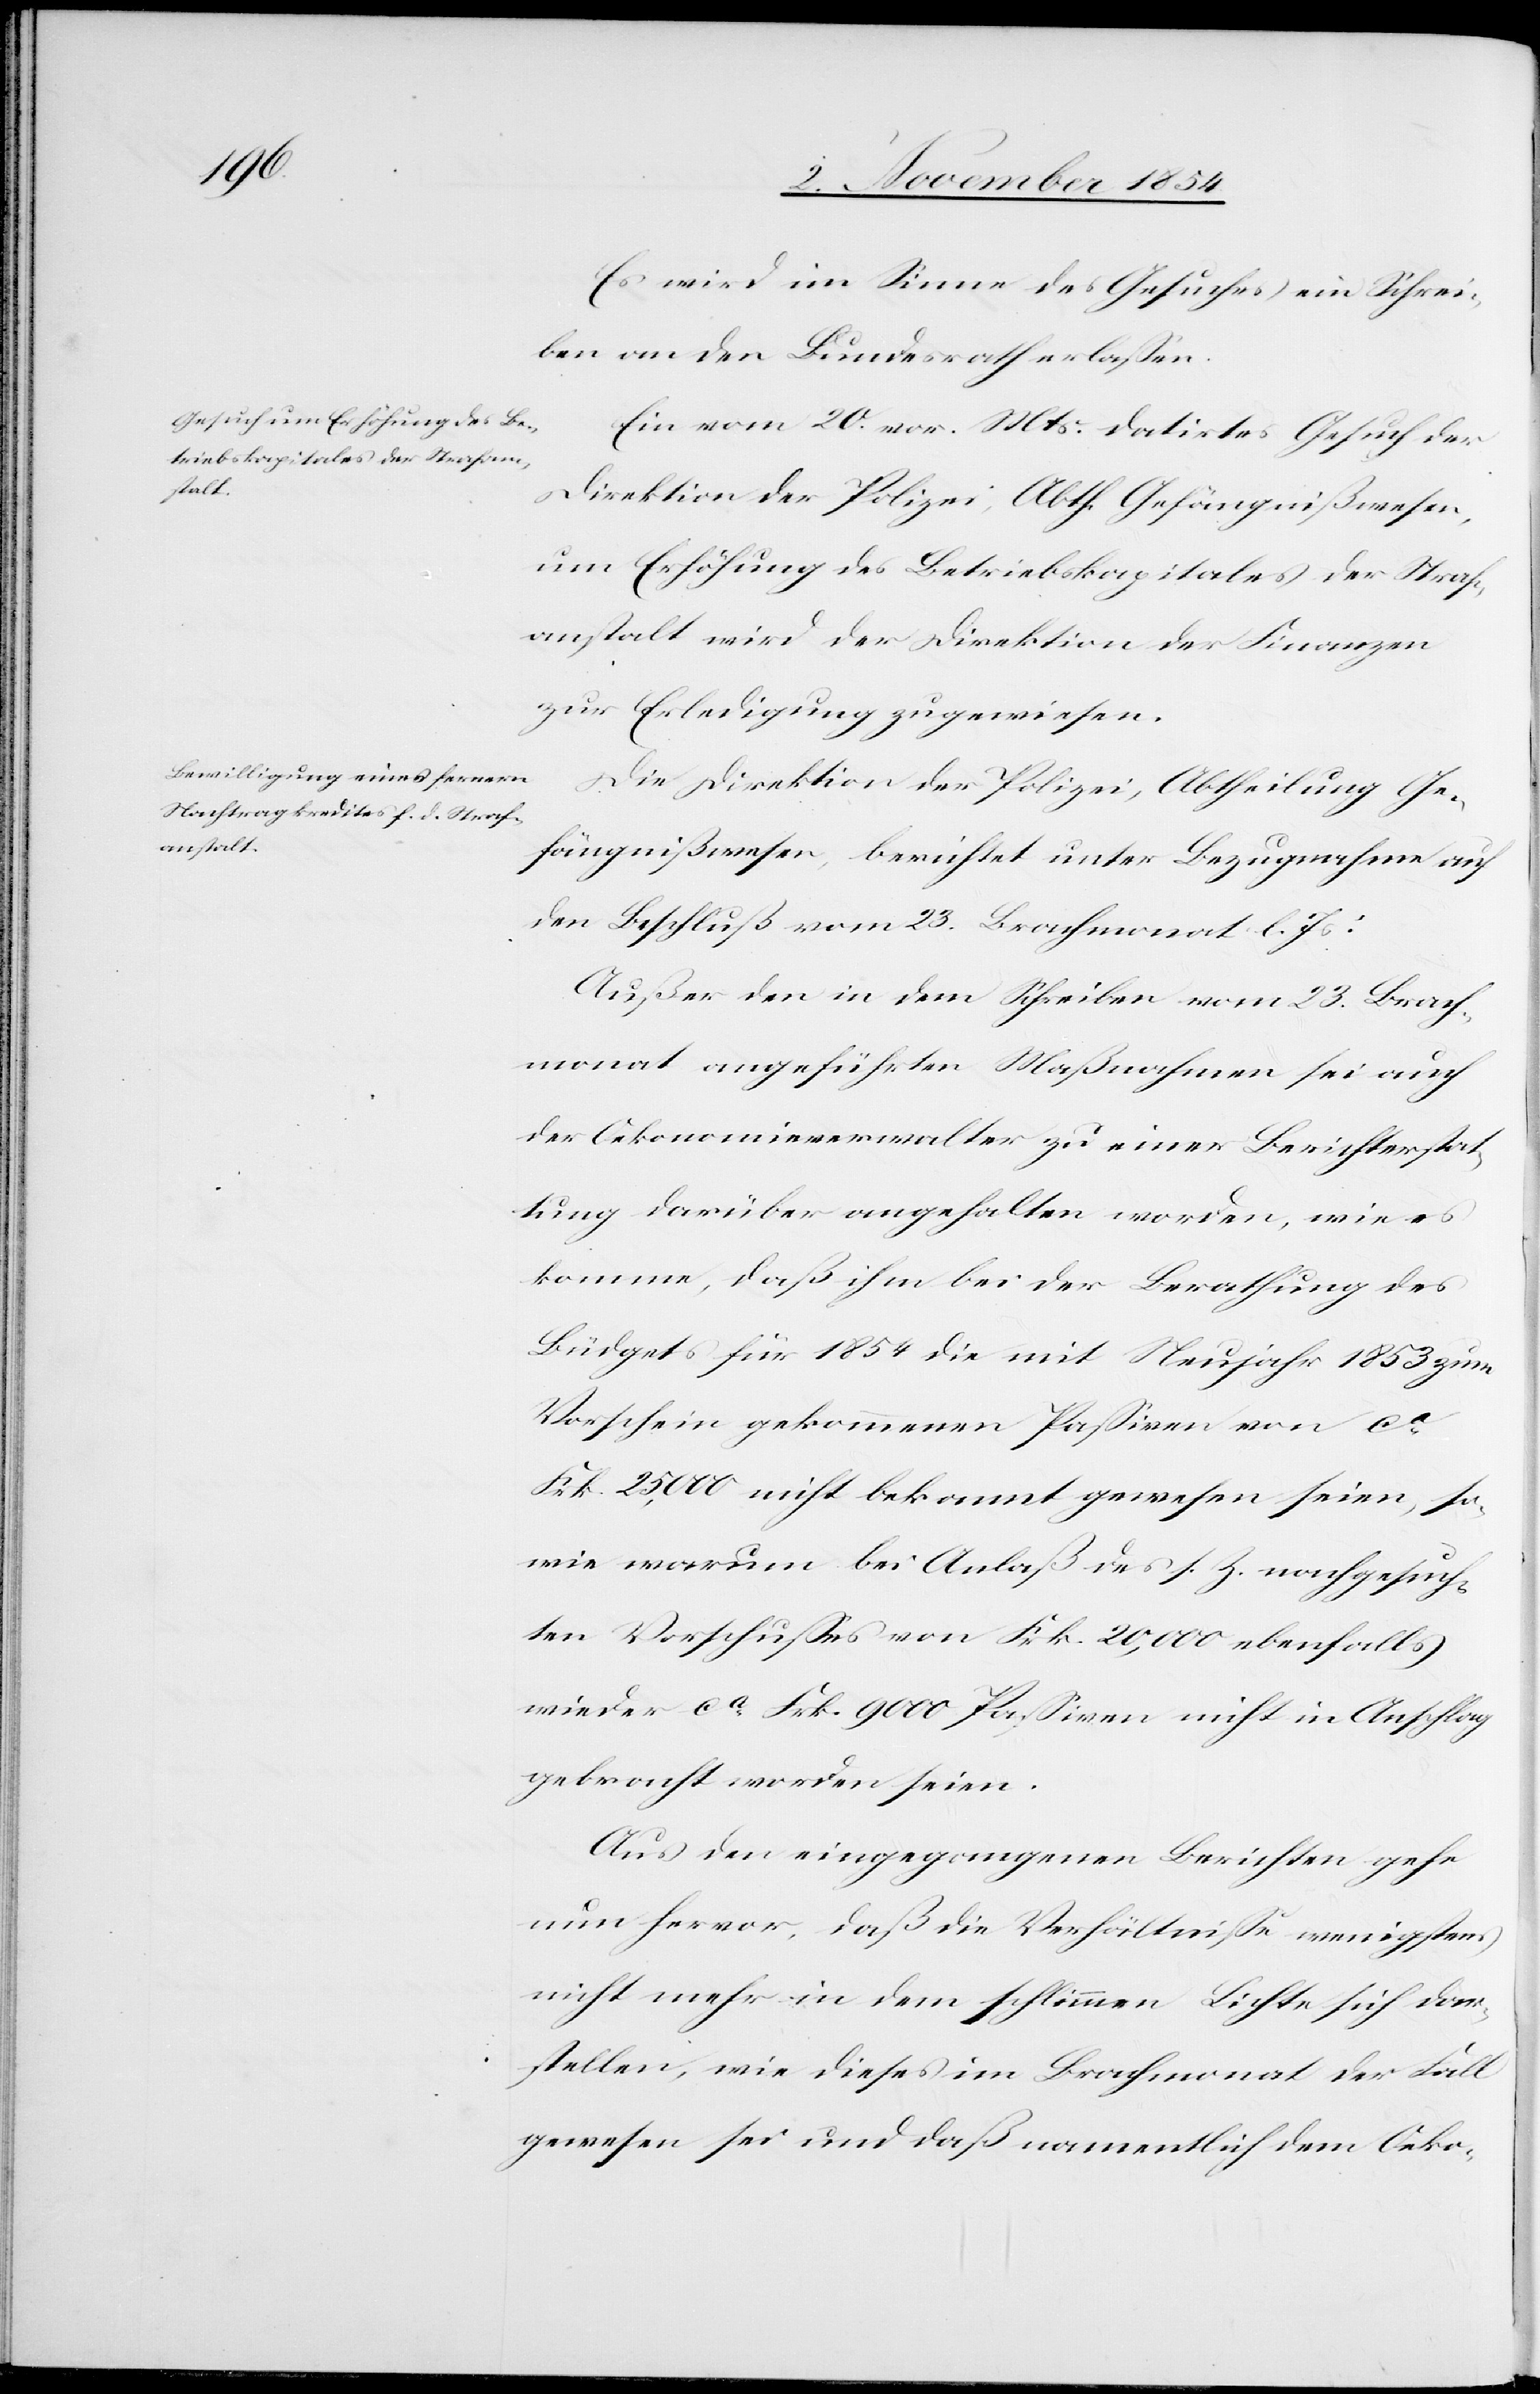
Es wird im Sinne des Gesuches ein Schrei¬
ben an den Bundesrath erlaßen.
Ein vom 20. vor. Mts. datirtes Gesuch der
Direktion der Polizei, Abth. Gefängnißwesen,
um Erhöhung des Betriebskapitales der Straf¬
anstalt wird der Direktion der Finanzen
zur Erledigung zugewiesen.
Die Direktion der Polizei, Abtheilung Ge¬
fängnißwesen, berichtet unter Bezugnahme auf
den Beschluß vom 23. Brachmonat l. Js:
Außer den in dem Schreiben vom 23. Brach¬
monat angeführten Maßnahmen sei auch
der Oekonomieverwalter zu einer Berichterstat¬
tung darüber angehalten worden, wie es
komme, daß ihm bei der Berathung des
Büdgets für 1854 die mit Neujahr 1853 zum
Vorschein gekommenen Paßiven von ca
Frk. 25,000 nicht bekannt gewesen seien, so¬
wie warum bei Anlas des s. Z. nachgesuch¬
ten Vorschußes von Frk. 20,000 ebenfalls
wieder ca Frk. 9000 Paßiven nicht in Anschlag
gebracht worden seien.
Aus den eingegangenen Berichten gehe
nun hervor, daß die Verhältniße wenigstens
nicht mehr in dem schlimmen Lichte sich dar¬
stellen, wie dieses im Brachmonat der Fall
gewesen sei und daß namentlich dem Oeko-